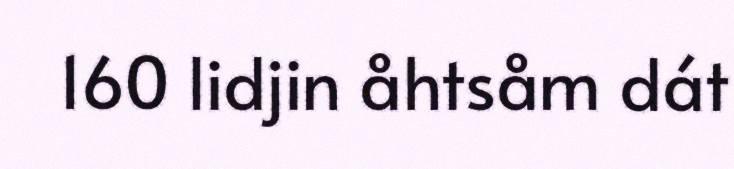
160 lidjin åhtsåm dát